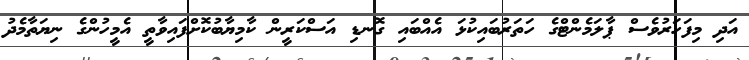
އަދި މިފަހަރުވެސް ޕާލަމެންޓްގެ ހަތަރުބައިކުޅަ އެއްބައި ގޮނޑި އަސްކަރީން ކާމިޔާބުކޮށްފައިވާތީ އެމީހުންގެ ނިޔަތާމެދު